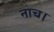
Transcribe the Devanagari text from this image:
नाच।